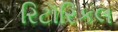
રિટૉરિકલ